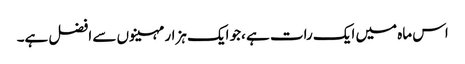
اس ماہ میں ایک رات ہے ،جو ایک ہزار مہینوں سے افضل ہے۔